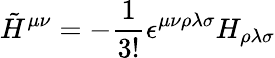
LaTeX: {\tilde{H}}^{\mu\nu}=-\frac 1{3!}\epsilon^{\mu\nu\rho\lambda\sigma}H_{\rho\lambda\sigma}